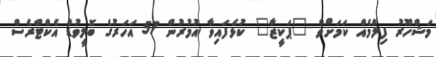
މަޝްހޫރު ފިލްމެއް ކަމަށްވާާ "ޕަކީޒާ" ކުޅެފައިވާ އުމުރުން 57 އަހަރުގެ ބޮލީވުޑް އެކްޓްރެސް